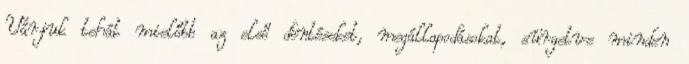
Várjuk tehát mielőbb az első döntéseket, megállapodásokat, sürgetve minden